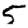
Digit: 5